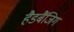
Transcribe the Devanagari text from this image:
हैडबैंजिग